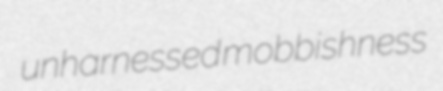
unharnessed mobbishness